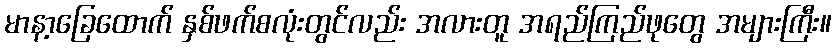
မာနာ့ခြေထောက် နှစ်ဖက်စလုံးတွင်လည်း အလားတူ အရည်ကြည်ဖုတွေ အများကြီး။